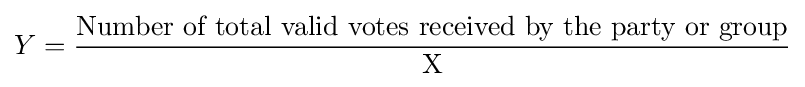
Y={\frac {\text{Number of total valid votes received by the party or group}}{\text{X}}}